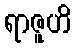
ရာဇူဟိ